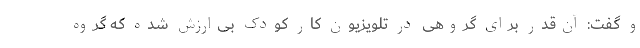
و گفت: آن‌قدر برای گروهی در تلویزیون کار کودک بی‌ارزش شده که گروه